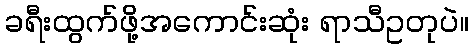
ခရီးထွက်ဖို့အကောင်းဆုံး ရာသီဥတုပဲ။